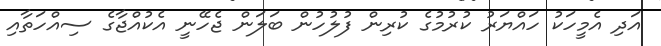
އަދި އެމީހަކު ހައްޔަރު ކުރުމުގެ ކުރިން ފުލުހުން ބަލަން ޖެހޭނީ އެކުއްޖާގެ ސިއްހަތާއި